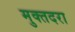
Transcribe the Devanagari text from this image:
मुक्तदरा